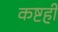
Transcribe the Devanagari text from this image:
कष्टही